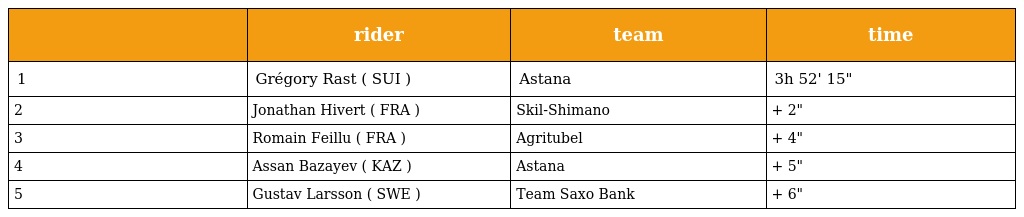
|  | rider | team | time |
 | --- | --- | --- | --- |
 | 1 | Grégory Rast ( SUI ) | Astana | 3h 52' 15" |
 | 2 | Jonathan Hivert ( FRA ) | Skil-Shimano | + 2" |
 | 3 | Romain Feillu ( FRA ) | Agritubel | + 4" |
 | 4 | Assan Bazayev ( KAZ ) | Astana | + 5" |
 | 5 | Gustav Larsson ( SWE ) | Team Saxo Bank | + 6" |